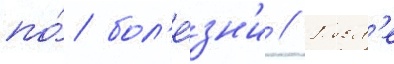
по́ бол'е́зн'и // Посл'е